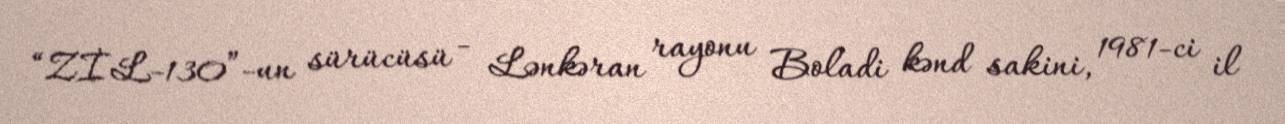
“ZİL-130”-un sürücüsü - Lənkəran rayonu Boladi kənd sakini, 1981-ci il